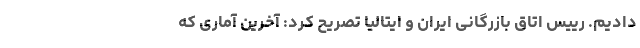
دادیم. رییس اتاق بازرگانی ایران و ایتالیا تصریح کرد: آخرین آماری که